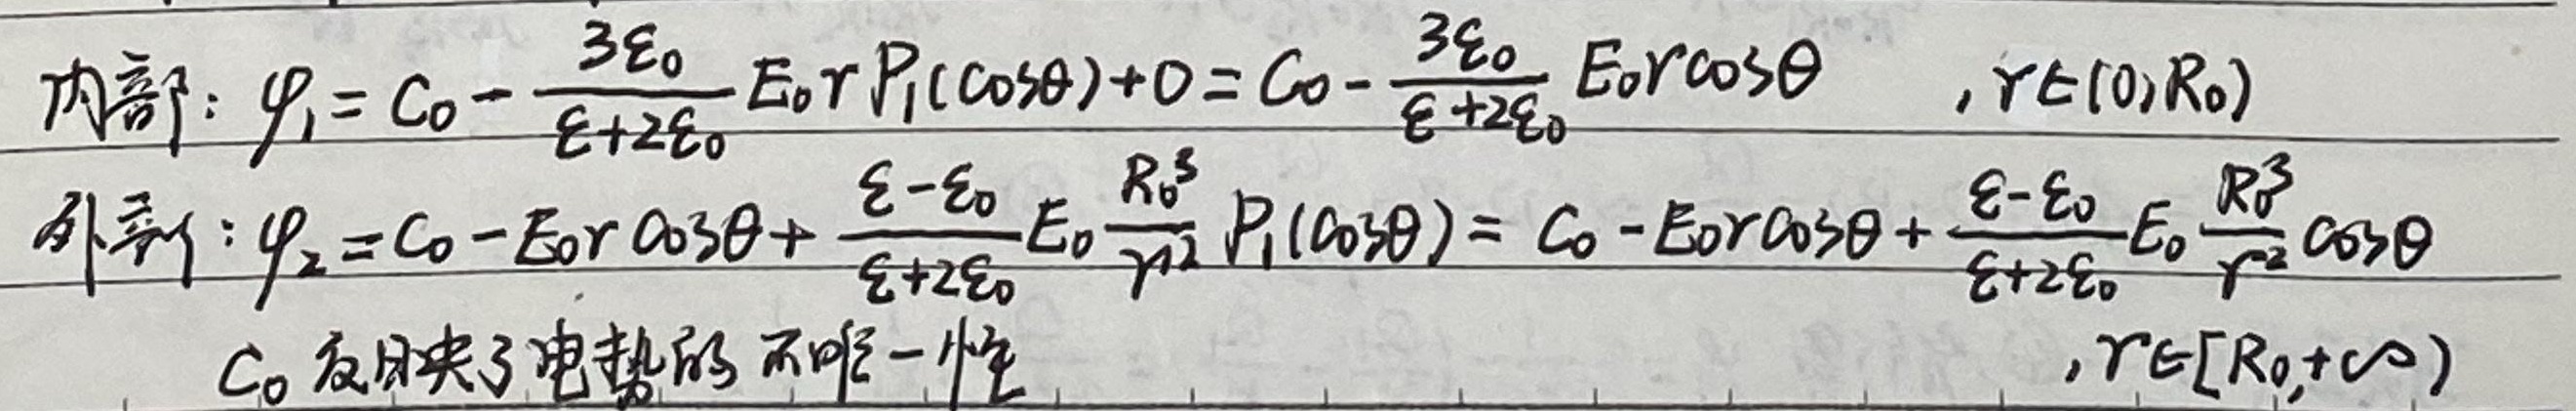
内部：
\(\varphi_{1}= C_{0}-\frac{3\varepsilon_{0}}{\varepsilon + 2\varepsilon_{0}}E_{0}rP_{1}(\cos\theta)+0 = C_{0}-\frac{3\varepsilon_{0}}{\varepsilon + 2\varepsilon_{0}}E_{0}r\cos\theta\)，\(r\in(0,R_{0})\)

外部：
\(\varphi_{2}= C_{0}-E_{0}r\cos\theta+\frac{\varepsilon-\varepsilon_{0}}{\varepsilon + 2\varepsilon_{0}}E_{0}\frac{R_{0}^{3}}{r^{2}}P_{1}(\cos\theta)= C_{0}-E_{0}r\cos\theta+\frac{\varepsilon-\varepsilon_{0}}{\varepsilon + 2\varepsilon_{0}}E_{0}\frac{R_{0}^{3}}{r^{2}}\cos\theta\)

\(C_{0}\)反映了电势的不唯一性，\(r\in[R_{0},+\infty)\)